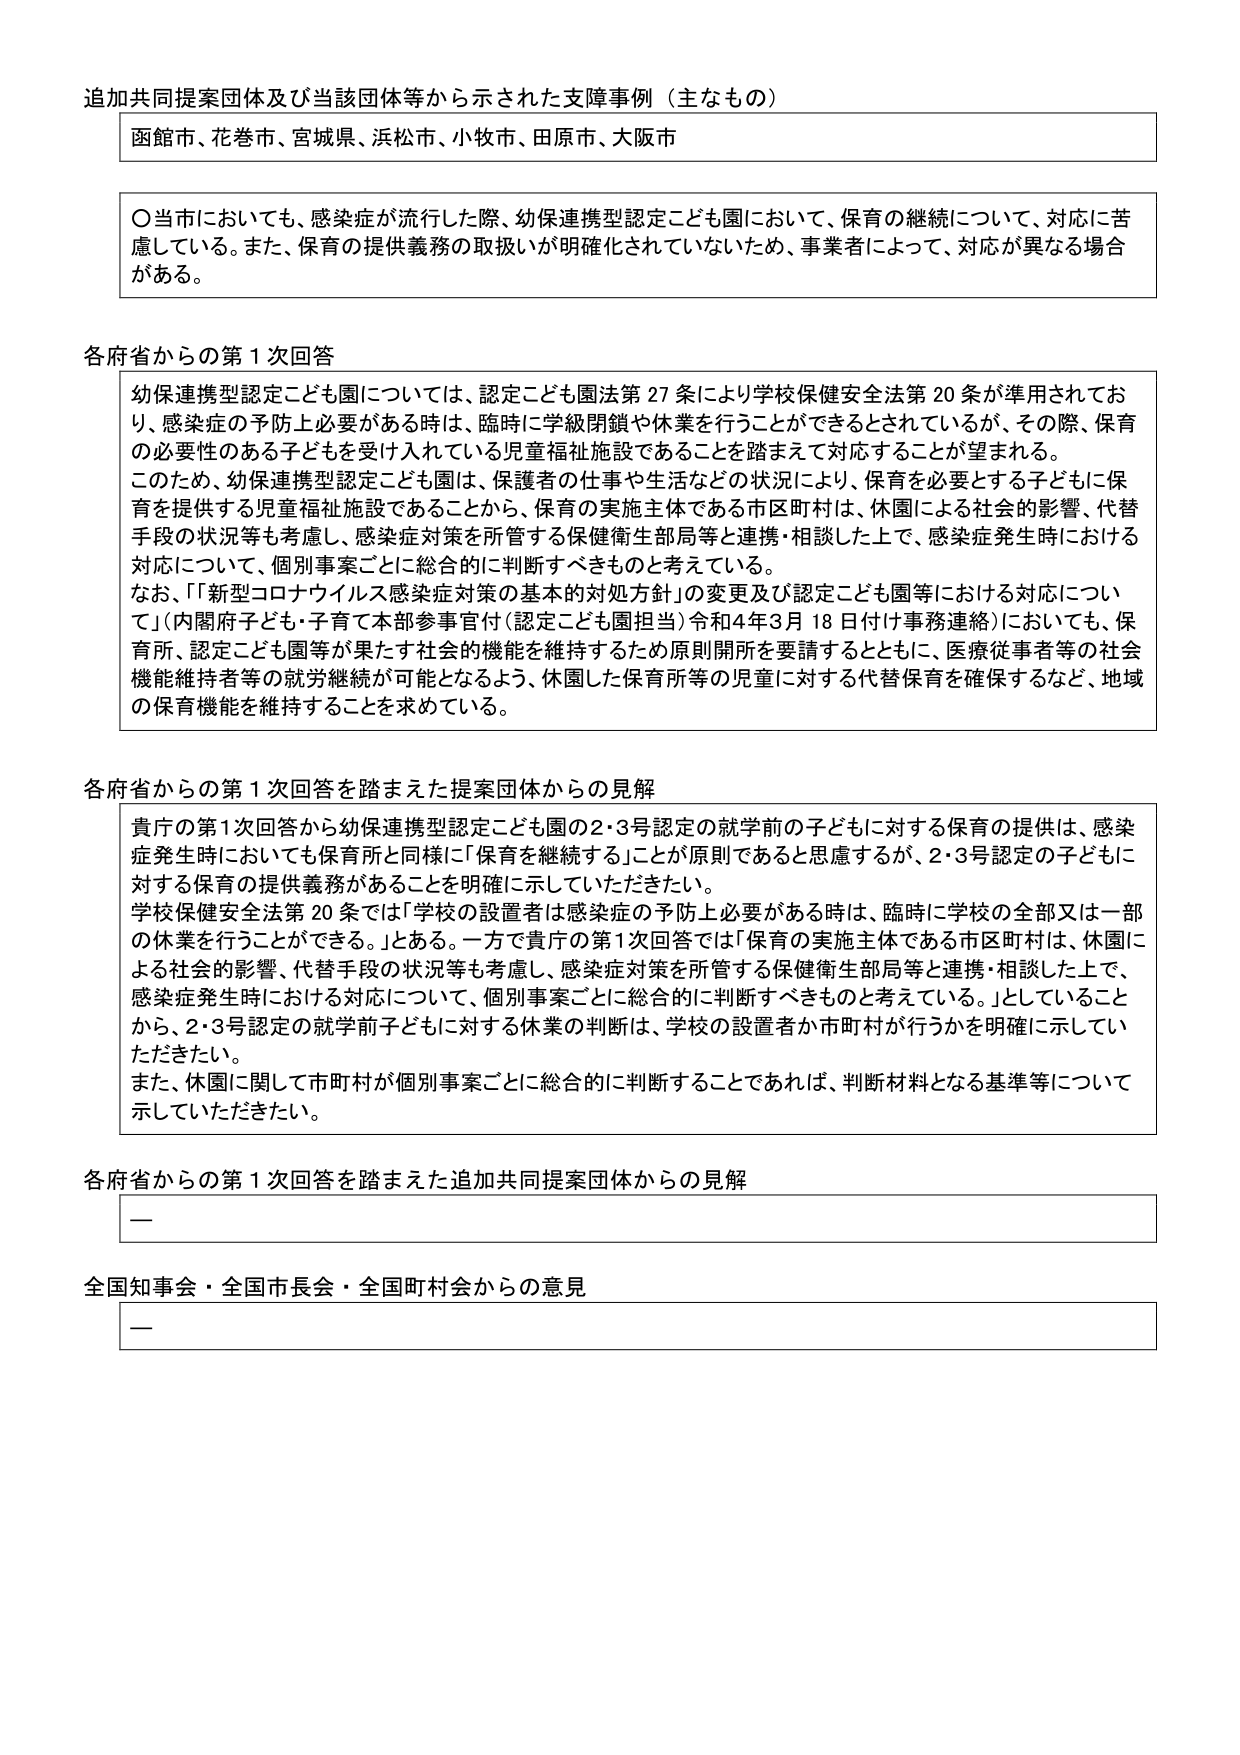
追加共同提案団体及び当該団体等から示された支障事例（主なもの）

函館市、花巻市、宮城県、浜松市、小牧市、田原市、大阪市

〇当市においても、感染症が流行した際、幼保連携型認定こども園において、保育の継続について、対応に苦慮している。また、保育の提供義務の取扱いが明確化されていないため、事業者によって、対応が異なる場合がある。

各府省からの第1次回答

幼保連携型認定こども園については、認定こども園法第27条により学校保健安全法第20条が準用されており、感染症の予防上必要がある時は、臨時に学級閉鎖や休業を行うことができるとしているが、その際、保育の必要性のある子どもを受け入れている児童福祉施設であることを踏まえて対応することが望まれる。
このため、幼保連携型認定こども園は、保護者の仕事や生活などの状況により、保育を必要とする子どもに保育を提供する児童福祉施設であることから、保育の実施主体である市区町村は、休園による社会的影響、代替手段の状況等も考慮し、感染症対策を所管する保健衛生部局等と連携・相談した上で、感染症発生時における対応について、個別事案ごとに総合的に判断すべきものと考えている。
なお、「『新型コロナウイルス感染症対策の基本的対処方針』の変更及び認定こども園等における対応について」（内閣府子ども・子育て本部参事官付（認定こども園担当）令和4年3月18日付け事務連絡）においても、保育所、認定こども園等が果たす社会的機能を維持するため原則開所を要請するとともに、医療従事者等の社会機能維持者等の就労継続が可能となるよう、休園した保育所等の児童に対する代替保育を確保するなど、地域の保育機能を維持することを求めている。

各府省からの第1次回答を踏まえた提案団体からの見解

貴庁の第1次回答から幼保連携型認定こども園の2・3号認定の就学前の子どもに対する保育の提供は、感染症発生時においても保育所と同様に「保育を継続する」ことが原則であると思慮するが、2・3号認定の子どもに対する保育の提供義務があることを明確に示していただきたい。
学校保健安全法第20条では「学校の設置者は感染症の予防上必要がある時は、臨時に学校の全部又は一部の休業を行うことができる。」とある。一方で貴庁の第1次回答では「保育の実施主体である市区町村は、休園による社会的影響、代替手段の状況等も考慮し、感染症対策を所管する保健衛生部局等と連携・相談した上で、感染症発生時における対応について、個別事案ごとに総合的に判断すべきものと考えている。」としていることから、2・3号認定の就学前子どもに対する休業の判断は、学校の設置者が市町村が行うかを明確に示していただきたい。
また、休園に関して市町村が個別事案ごとに総合的に判断することであれば、判断材料となる基準等について示していただきたい。

各府省からの第1次回答を踏まえた追加共同提案団体からの見解

—

全国知事会・全国市長会・全国町村会からの意見

—